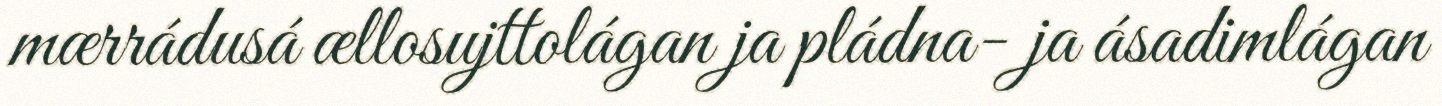
mærrádusá ællosujttolágan ja pládna- ja ásadimlágan